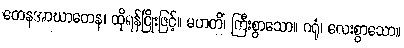
တေနအာဃာတေန၊ ထိုရန်ငြိုးဖြင့်။ မဟတိံ၊ ကြီးစွာသော။ ဂရုံ၊ လေးစွာသော။